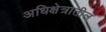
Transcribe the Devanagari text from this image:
अधिक्षेत्रातील